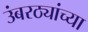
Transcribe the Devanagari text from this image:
उंबरठ्यांच्या